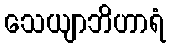
သေယျာဘိဟာရံ